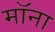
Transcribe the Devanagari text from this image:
मॉना